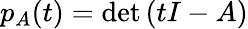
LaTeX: p_{A}(t)=\operatorname*{det}\left(tI-A\right)